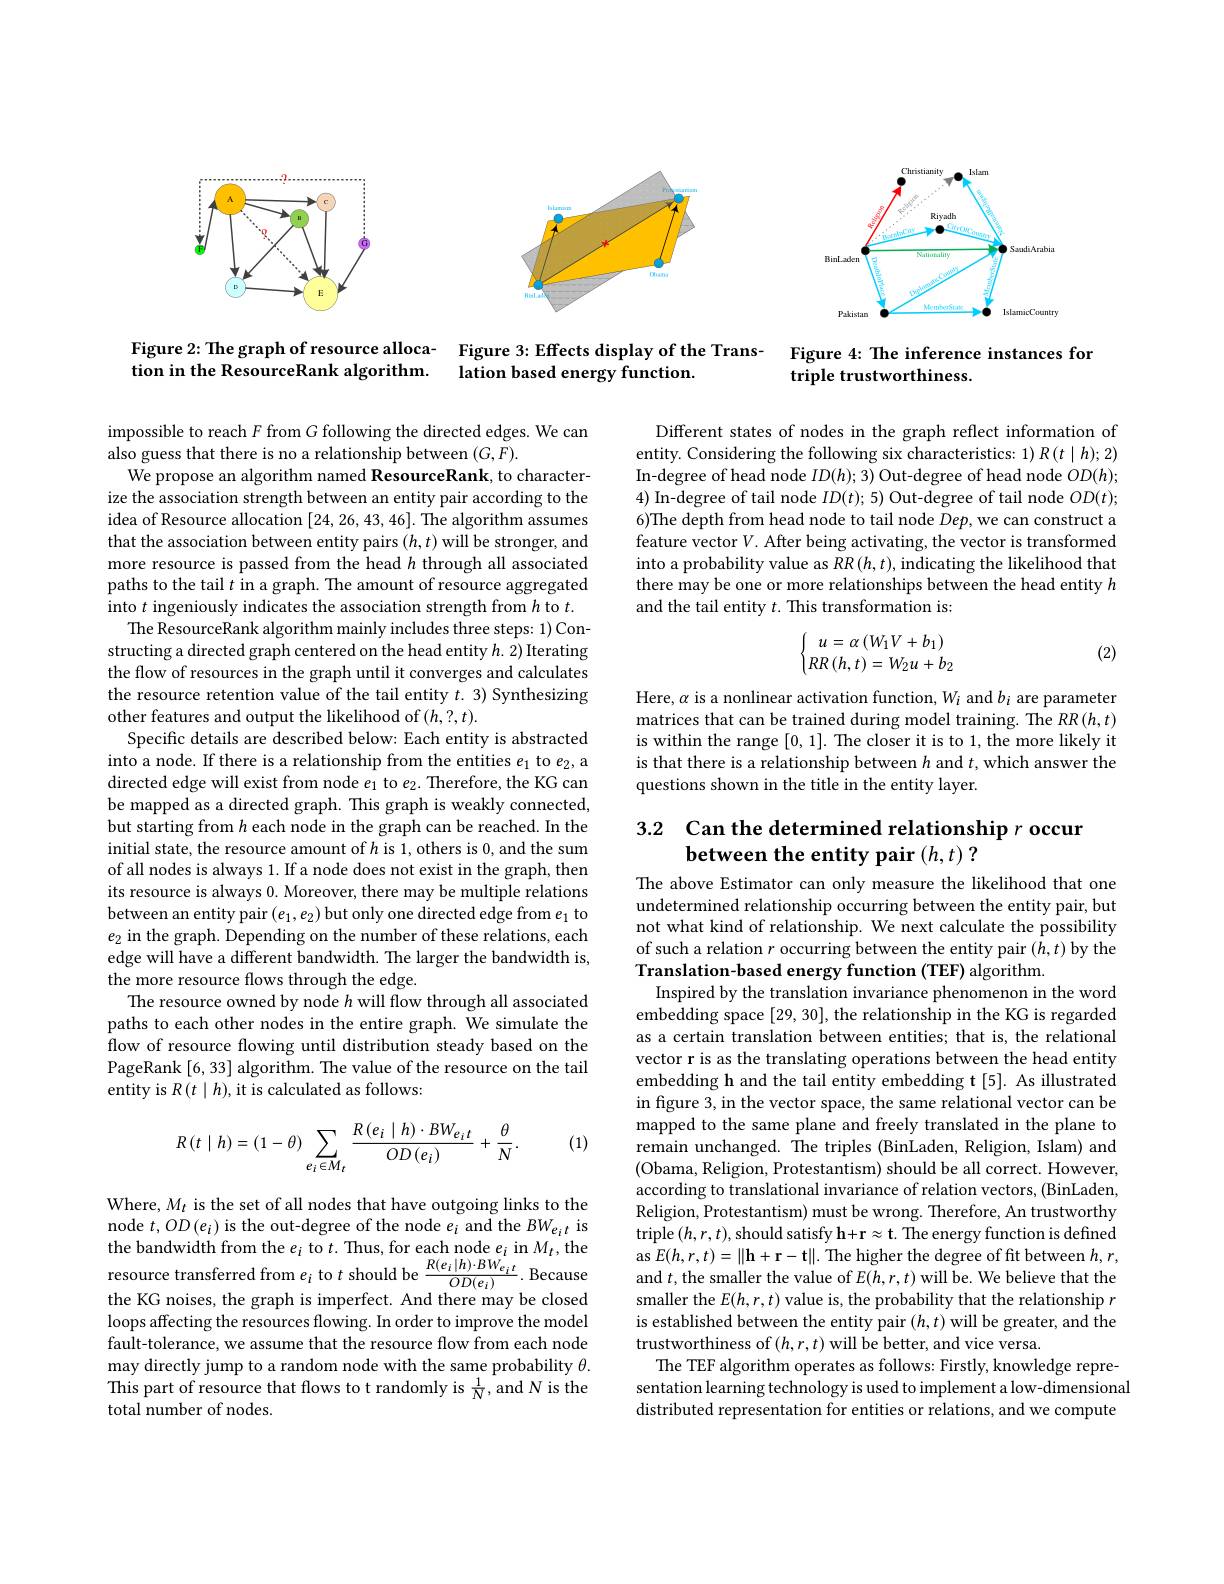
<FigureHere>

Figure 2: The graph of resource alloca- Figure 3: Effects display of the Trans-
tion in the ResourceRank algorithm.
## lation based energy function.

Figure 4: The inference instances for
triple trustworthiness.

Different states of nodes in the graph reflect information of entity. Considering the following six characteristics: 1) R(t|h); 2) In-degree of head node $ID(h);3)$ Out-degree of head node $OD(h);$ 4) In-degree of tail node $ID(t);5)$ Out-degree of tail node $OD(t);$ 6)The depth from head node to tail node Dep, we can construct a feature vector$V.$ After being activating, the vector is transformed into a probability value as $RR\left(h,t\right)$, indicating the likelihood that there may be one or more relationships between the head entity $h$ and the tail entity $t.$ This transformation is:
$$\left\{\begin{matrix}u=\alpha\left(W_1V+b_1\right)\\RR\left(h,t\right)=W_2u+b_2\end{matrix}\right.$$
(2)

Here, $\alpha$ is a nonlinear activation function, $W_i$ and $b_i$ are parameter matrices that can be trained during model training. The $RR\left(h,t\right)$ is within the range [0,1]. The closer it is to 1, the more likely it is that there is a relationship between $h$ and $t$,which answer the questions shown in the title in the entity layer.

impossible to reach $F$ from $G$ following the directed edges. We can
also guess that there is no a relationship between $(G,F).$
We propose an algorithm named ResourceRank, to characterize the association strength between an entity pair according to the idea of Resource allocation [24,26,43,46]. The algorithm assumes that the association between entity pairs $(h,t)$ will be stronger, and more resource is passed from the head $h$ through all associated paths to the tail $t$ in a graph. The amount of resource aggregated into $t$ ingeniously indicates the association strength from $h$ to $t.$
The ResourceRank algorithm mainly includes three steps: 1) Constructing a directed graph centered on the head entity $h.2)$ Iterating the flow of resources in the graph until it converges and calculates the resource retention value of the tail entity $t.$ 3) Synthesizing other features and output the likelihood of $(h,?,t).$
Specific details are described below: Each entity is abstracted into a node. If there is a relationship from the entities $e_1$ to $e_2$,a directed edge will exist from node $e_1$ to $e_2.$ Therefore, the KG can be mapped as a directed graph. This graph is weakly connected, but starting from $h$ each node in the graph can be reached. In the initial state, the resource amount of $h$ is 1, others is 0, and the sum of all nodes is always 1. If a node does not exist in the graph, then its resource is always 0. Moreover, there may be multiple relations between an entity pair $(e_1,e_2)$ but only one directed edge from $e_1$ to $e_2$ in the graph. Depending on the number of these relations, each edge will have a different bandwidth. The larger the bandwidth is, the more resource flows through the edge.
The resource owned by node $h$ will flow through all associated paths to each other nodes in the entire graph. We simulate the flow of resource flowing until distribution steady based on the PageRank [6, 33] algorithm. The value of the resource on the tail entity is $R(t\mid h)$,it is calculated as follows:
$$R\left(t\mid h\right)=\left(1-\theta\right)\sum_{e_{i}\in M_{t}}\frac{R\left(e_{i}\mid h\right)\cdot BW_{e_{i}t}}{OD\left(e_{i}\right)}+\frac{\theta}{N}.$$
# 3.2 Can the determined relationship $r$ occur between the entity pair $( h, t)$ ?

(1)

The above Estimator can only measure the likelihood that one undetermined relationship occurring between the entity pair, but not what kind of relationship. We next calculate the possibility of such a relation $r$ occurring between the entity pair $(h,t)$ by the Translation-based energy function (TEF) algorithm.
Inspired by the translation invariance phenomenon in the word embedding space [29,30], the relationship in the KG is regarded as a certain translation between entities; that is, the relational vector r is as the translating operations between the head entity embedding h and the tail entity embedding t [5]. As illustrated in figure 3, in the vector space, the same relational vector can be mapped to the same plane and freely translated in the plane to remain unchanged. The triples (BinLaden, Religion, Islam) and (Obama, Religion, Protestantism) should be all correct. However, according to translational invariance of relation vectors, (BinLaden, Religion, Protestantism) must be wrong. Therefore, An trustworthy triple $(h,r,t)$,should satisfy $\mathbf{h}+\mathbf{r}\approx\mathbf{t}.$ The energy function is defined as $E(h,r,t)=\|\mathbf{h}+\mathbf{r}-\mathbf{t}\|.$ The higher the degree of fit between $h,r$, and $t$,the smaller the value of $E(h,r,t)$ will be. We believe that the smaller the $E(h,r,t)$ value is, the probability that the relationship $r$ is established between the entity pair $(h,t)$ will be greater, and the trustworthiness of $(h,r,t)$ will be better, and vice versa.
The TEF algorithm operates as follows: Firstly, knowledge representation learning technology is used to implement a low-dimensional distributed representation for entities or relations, and we compute

Where, $M_t$ is the set of all nodes that have outgoing links to the node $t,OD(e_{i})$ is the out-degree of the node $e_i$ and the $BW_{e_{i}t}$ is the bandwidth from the $e_i$ to $t.$ Thus, for each node $e_i$ in $M_t$,the resource transferred from $e_i$ to $t$ should be $\frac{R(e_i|h)\cdot BW_{e_i}t}{OD(e_i)}.$ Because the KG noises, the graph is imperfect. And there may be closed loops affecting the resources flowing. In order to improve the model fault-tolerance, we assume that the resource flow from each node may directly jump to a random node with the same probability $\theta.$ This part of resource that flows to t randomly is $\frac1N$,and N is the total number of nodes.